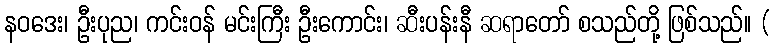
နဝဒေး၊ ဦးပုည၊ ကင်းဝန် မင်းကြီး ဦးကောင်း၊ ဆီးပန်းနီ ဆရာတော် စသည်တို့ ဖြစ်သည်။ (